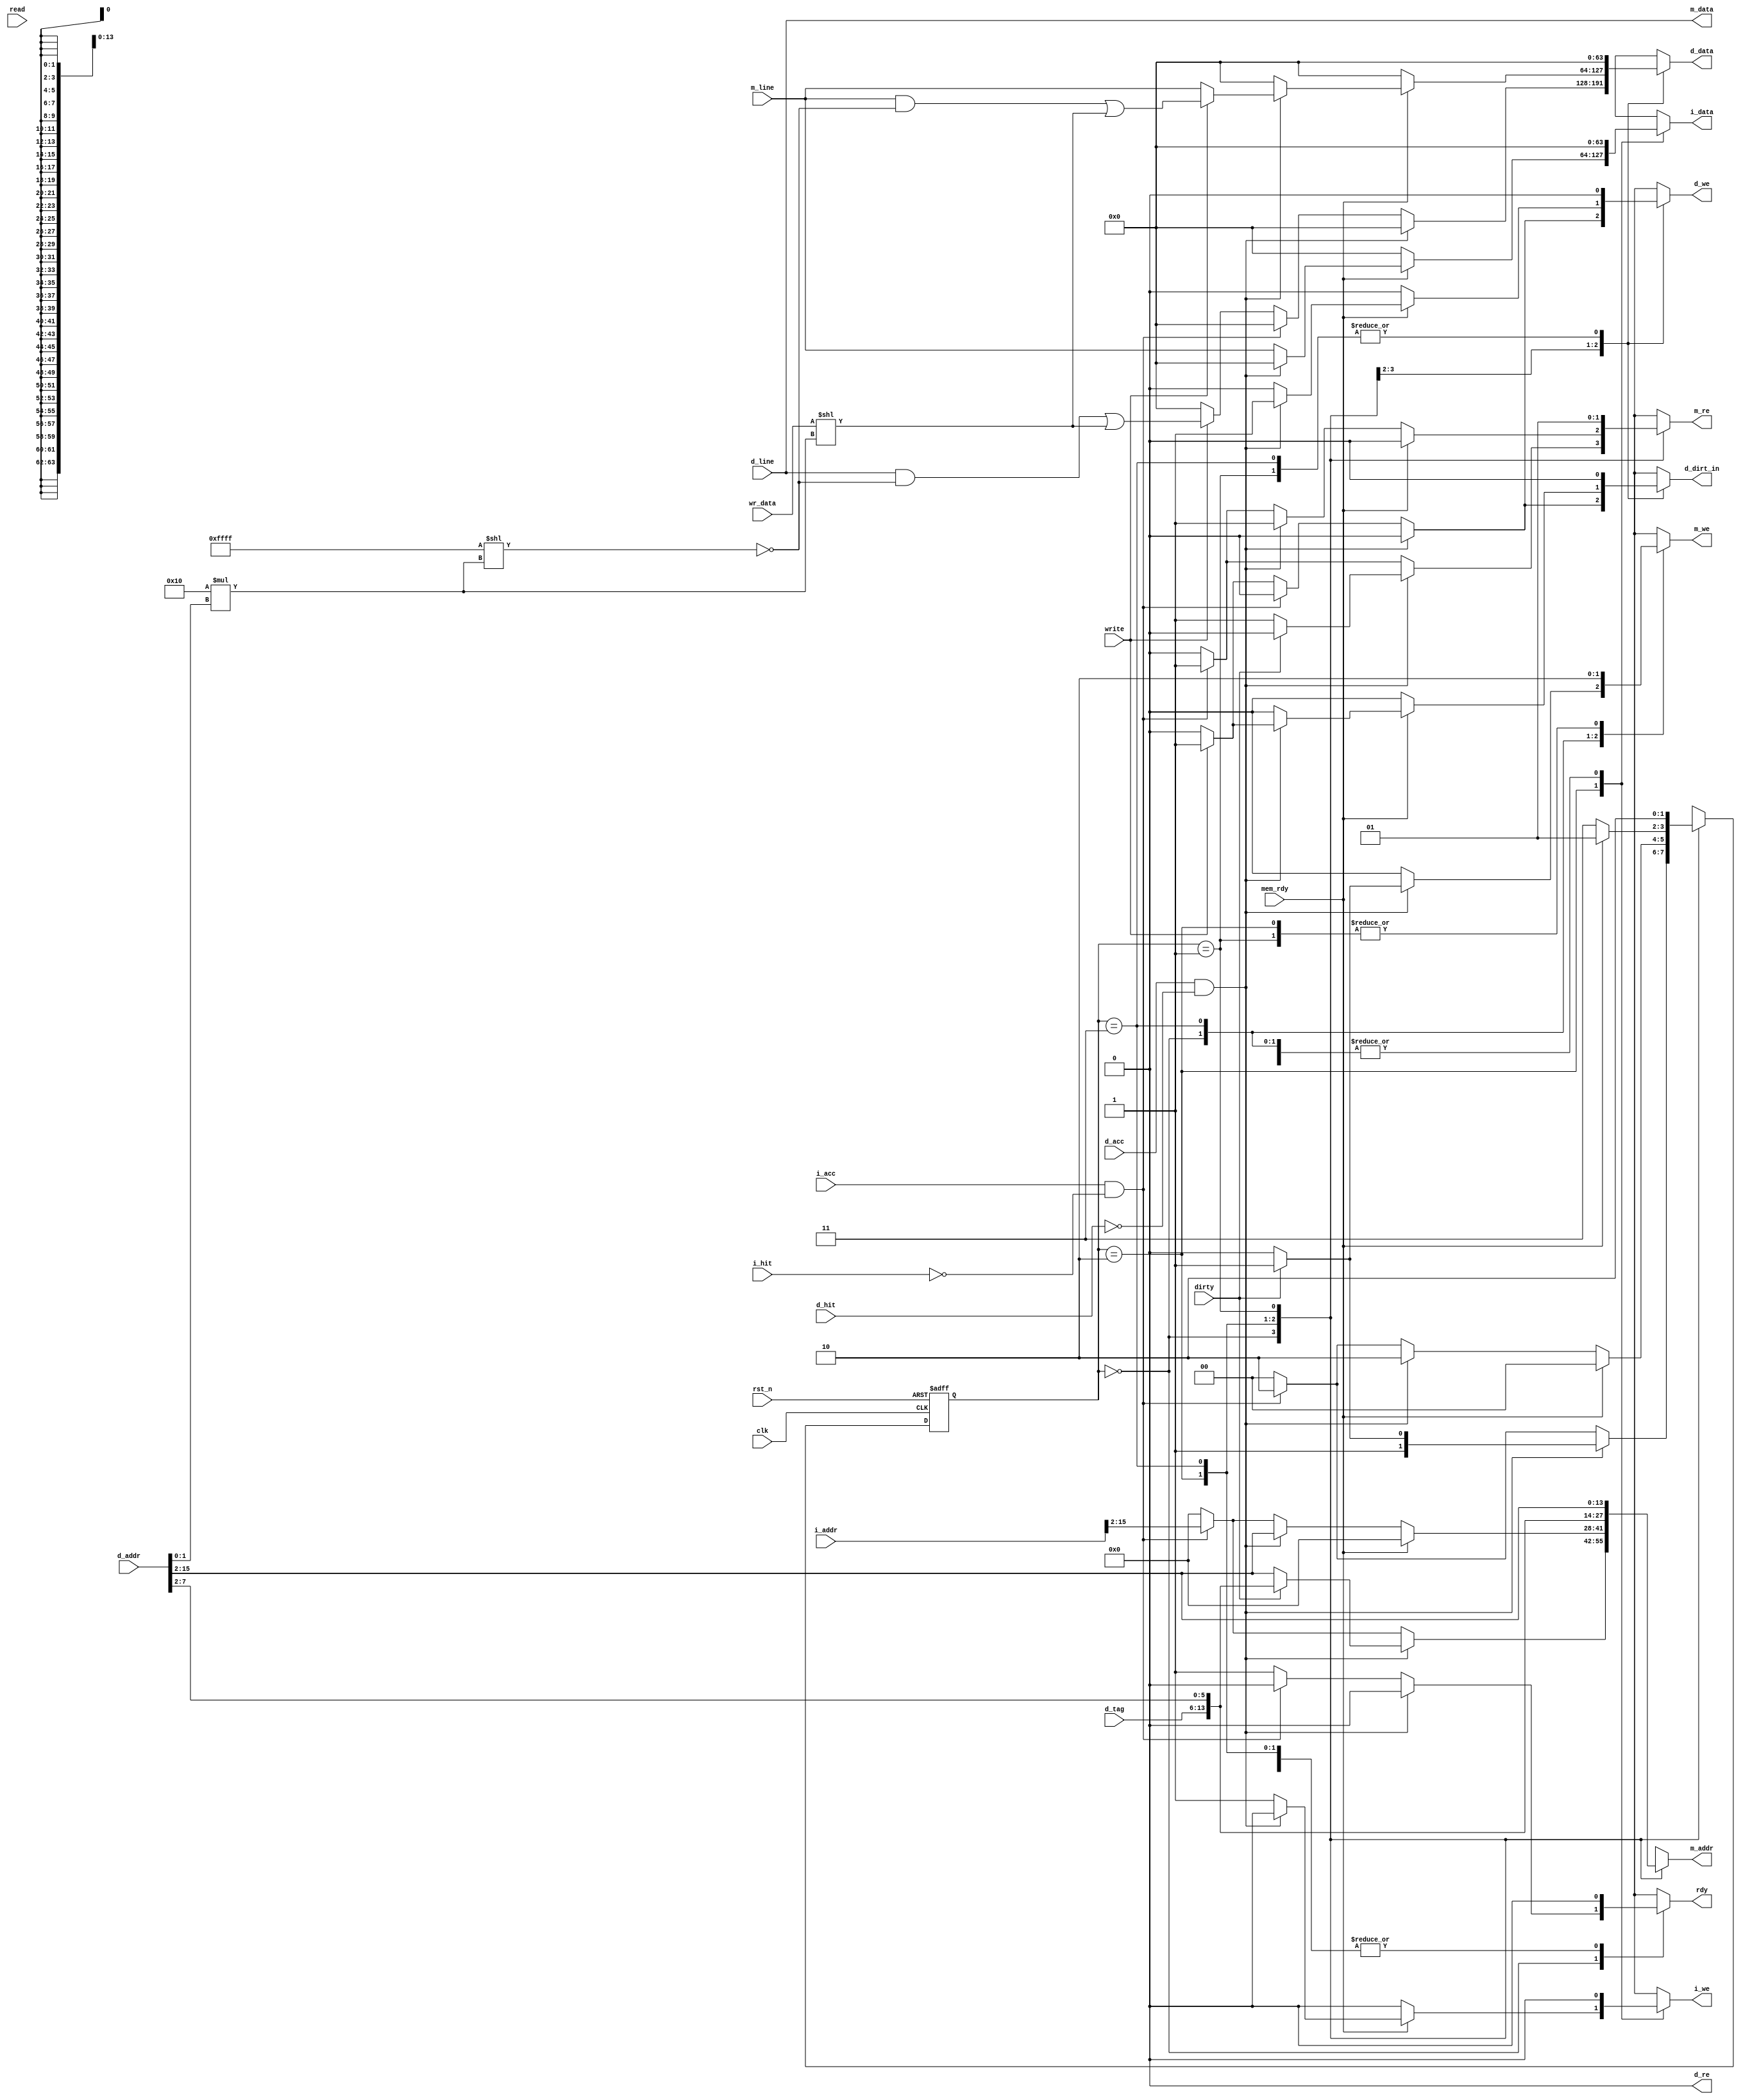
module cache_controller(clk, rst_n, i_addr, d_addr, wr_data, i_acc, d_acc, read, write, i_hit, d_hit, dirty, mem_rdy, d_tag, d_line, m_line, i_data, i_we, d_data, d_dirt_in, d_we, d_re, m_re, m_we, m_addr, m_data, rdy);

/* Outputs from the memories */
input clk, rst_n, i_hit, d_hit, dirty, mem_rdy, i_acc, d_acc, read, write;
input [7:0] d_tag;
input [15:0] i_addr, d_addr, wr_data;
input [63:0] d_line, m_line;

/* Inputs to the memories */
output reg i_we, d_we, d_re, m_we, m_re, d_dirt_in, rdy;
output reg [13:0] m_addr;
output reg [63:0] i_data, d_data, m_data;

/* Variables */
reg [1:0] state, nextState;
reg [63:0] wiped;

localparam empty = 16'hFFFF; // Gets shifted in and then all 64 bits are flipped to create masks

/* State Definitions*/
localparam START = 2'b00;
localparam EXTRA = 2'b01;
localparam SERVICE_MISS = 2'b10;
localparam WRITE_BACK = 2'b11;

/* Clock state changes and handle reset */
always @(posedge clk, negedge rst_n)
	if(!rst_n) begin
		state <= START;
	end else
		state <= nextState;

/* FSM Logic */
always @(*) begin // Combinational

	/* Default output values */
	i_we = 1'b0;
	d_we = 1'b0;
	m_we = 1'b0;
	d_re = 1'b0;
	m_re = 1'b0;
	m_addr = 14'd0;
	i_data = 64'd0;
	d_data = 64'd0;
	m_data = d_line;
	d_dirt_in = 1'b0;
	rdy = 1'b0;
	nextState = START;
	
	case(state)
		START: 
			begin
				if(d_acc & !d_hit) begin // Prioritize data accesses
					if(dirty) begin
						m_addr = {d_tag, d_addr[7:2]};
						m_we = 1'b1;

						nextState = WRITE_BACK;
					end else begin // clean
						m_addr = d_addr[15:2];
						m_re = 1'b1;

						nextState = SERVICE_MISS;
					end
				end else if(i_acc & !i_hit) begin
					m_addr = i_addr[15:2];
					m_re = 1'b1;

					nextState = SERVICE_MISS;
				end else begin // Both caches are hitting
					if(write)
						begin // Our clean line is d_line
							d_we = 1'b1;
							wiped = d_line & ~(empty << 16 * d_addr[1:0]); // Wipe off word that is there
							d_data = wiped | (wr_data << 16 * d_addr[1:0]); // Mask in new data 
							d_dirt_in = 1'b1; // mark dirty
						end

					rdy = 1'b1;
				end
			end

		SERVICE_MISS: 
			begin
				if(mem_rdy) begin // Wait for the data

					if(d_acc & !d_hit) begin // If data isn't hitting, we must be servicing that request
						if(write) begin // mark dirty and mask in new data
							d_we = 1'b1;
							wiped = m_line & ~(empty << 16 * d_addr[1:0]); // Wipe off word that is there
							d_data = wiped | (wr_data << 16 * d_addr[1:0]); // Mask in new data 
							d_dirt_in = 1'b1;
						end else begin // leave clean and write straight back to d-cache
							d_we = 1'b1;
							d_data = m_line;
						end
					end else begin // data is hitting so we are servicing the instrution request
						i_we = 1'b1;
						i_data = m_line;
					end

					nextState = START; // cache should hit after it's written
				end else if(d_acc & !d_hit) begin // Hold the inputs to unified mem
					m_addr = d_addr[15:2];
					m_re = 1'b1;

					nextState = SERVICE_MISS;
				end else if(i_acc & !i_hit) begin // Hold the inputs to unified mem
					m_addr = i_addr[15:2];
					m_re = 1'b1;

					nextState = SERVICE_MISS;
				end
			end

		WRITE_BACK: // Only on dirty data misses
			begin 
 				// Hold the inputs to unified mem
				m_addr = {d_tag, d_addr[7:2]}; // addr of data currently in cache
				m_we = 1'b1;

				if(mem_rdy) begin
					nextState = EXTRA;
				end else begin
					nextState = WRITE_BACK;
				end
			end

		/* Only come here for starting mem read after a write back 
		(otherwise mem_rdy is already high and the wrong line gets
		written to the d-cache) */
		EXTRA:
			begin
				m_re = 1'b1;
				m_addr = d_addr[15:2];

				nextState = SERVICE_MISS;
			end

		default: 
			begin 
				// Leave everything at their defaults (see top)
			end
	endcase
end

endmodule